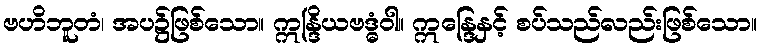
ဗဟိဘူတံ၊ အပ၌ဖြစ်သော။ ဣန္ဒြိယဗဒ္ဓံဝါ။ ဣန္ဒြေနှင့် စပ်သည်လည်းဖြစ်သော။